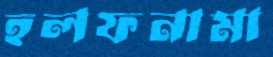
হলফনামা